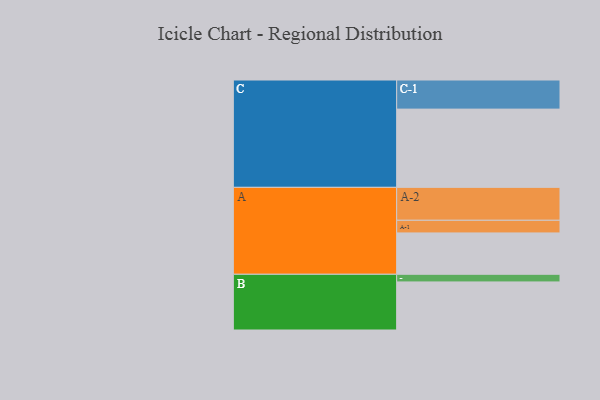
{"axis": {"x": "Segment", "y": "Value"}, "legend": ["", "A", "B", "C"], "data": [{"x": "A", "y": 314, "type": ""}, {"x": "B", "y": 365, "type": ""}, {"x": "C", "y": 594, "type": ""}, {"x": "A-1", "y": 96, "type": "A"}, {"x": "A-2", "y": 250, "type": "A"}, {"x": "B-1", "y": 58, "type": "B"}, {"x": "C-1", "y": 221, "type": "C"}]}